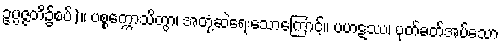
ဥပ္ပဇ္ဇတိ၌စပ်)။ ပစ္စက္ကောသိတွာ၊ အတုံ့ဆဲရေးသောကြောင့်။ ပဟဋဿ၊ ပုတ်ခတ်အပ်သော